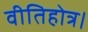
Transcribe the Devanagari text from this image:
वीतिहोत्र।